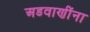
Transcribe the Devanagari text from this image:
अडवाणींना